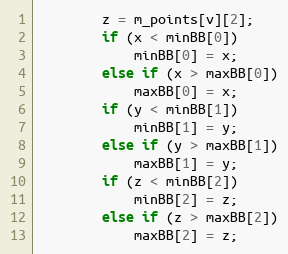
Language: C++
        z = m_points[v][2];
        if (x < minBB[0])
            minBB[0] = x;
        else if (x > maxBB[0])
            maxBB[0] = x;
        if (y < minBB[1])
            minBB[1] = y;
        else if (y > maxBB[1])
            maxBB[1] = y;
        if (z < minBB[2])
            minBB[2] = z;
        else if (z > maxBB[2])
            maxBB[2] = z;